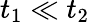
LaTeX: t_{1}\ll t_{2}